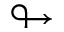
\looparrowright